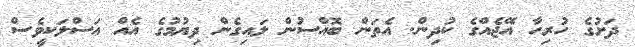
ދަށުގެ ހުރިހާ އޭޖެއްގެ ކުދިން. އެތަން ބޮއްސުން ލައިގެން ދިޔުމުގެ އެއް އަސްލަކީވެސް